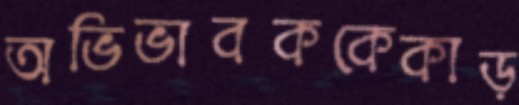
অভিভাবককেকাড়